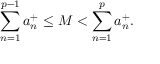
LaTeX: \sum _ { n = 1 } ^ { p - 1 } a _ { n } ^ { + } \leq M < \sum _ { n = 1 } ^ { p } a _ { n } ^ { + } .